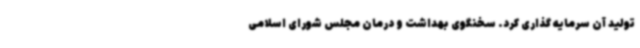
تولید آن سرمایه گذاری کرد. سخنگوی بهداشت و درمان مجلس شورای اسلامی